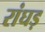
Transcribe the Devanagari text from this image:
रांघड़